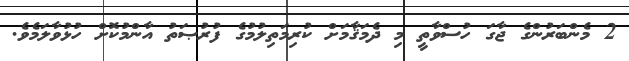
2 މެންބަރުންގެ ޖާގަ ހުސްވާތީ މި ދެމަޤާމަށް ކުރިމަތިލުމުގެ ފުރުޞަތު އާންމުކޮށް ހުޅުވާލަމެވެ.